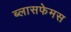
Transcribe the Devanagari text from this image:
ब्लासफेमस